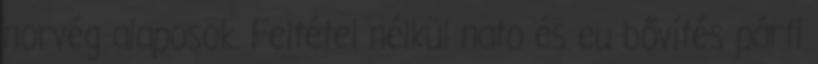
norvég alaposok. Feltétel nélkül nato és eu bővítés párti